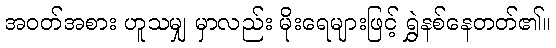
အဝတ်အစား ဟူသမျှ မှာလည်း မိုးရေများဖြင့် ရွှဲနစ်နေတတ်၏။